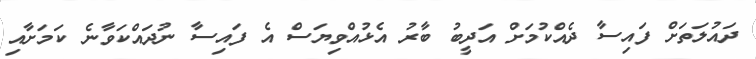
ދައުލަތަށް ފައިސާ ދެއްކުމަށް އަދީބު ބާރު އެޅުއްވިޔަސް އެ ފައިސާ ނުދައްކަވާނެ ކަމަށާއި